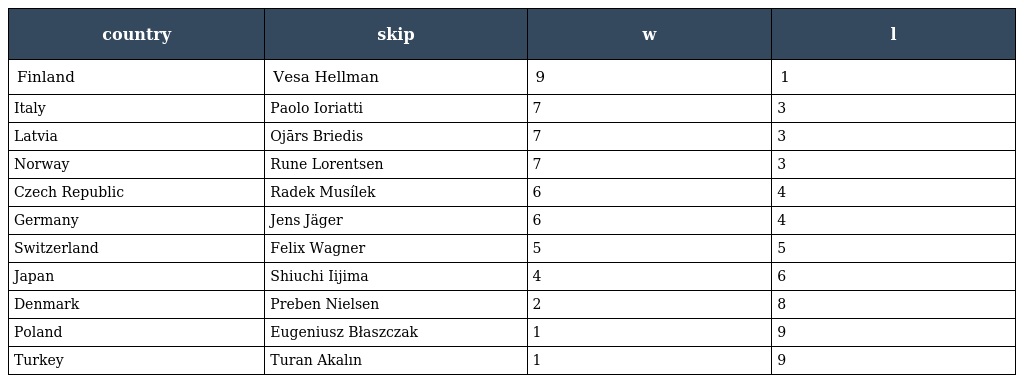
| country | skip | w | l |
 | --- | --- | --- | --- |
 | Finland | Vesa Hellman | 9 | 1 |
 | Italy | Paolo Ioriatti | 7 | 3 |
 | Latvia | Ojārs Briedis | 7 | 3 |
 | Norway | Rune Lorentsen | 7 | 3 |
 | Czech Republic | Radek Musílek | 6 | 4 |
 | Germany | Jens Jäger | 6 | 4 |
 | Switzerland | Felix Wagner | 5 | 5 |
 | Japan | Shiuchi Iijima | 4 | 6 |
 | Denmark | Preben Nielsen | 2 | 8 |
 | Poland | Eugeniusz Błaszczak | 1 | 9 |
 | Turkey | Turan Akalın | 1 | 9 |